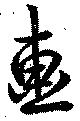
画